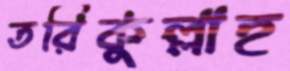
তরিকুল্লাহ